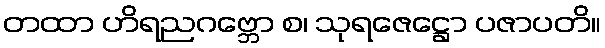
တထာ ဟိရညဂဗ္ဘော စ၊ သုရဇေဋ္ဌော ပဇာပတိ။